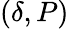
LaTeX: (\delta,P)